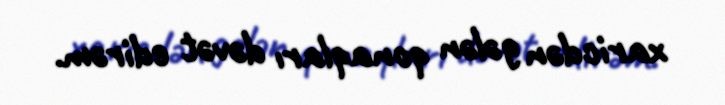
xaricdən gələn qonaqları dəvət edirəm.